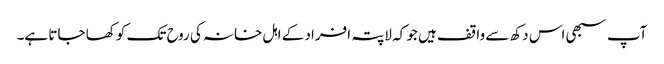
آپ سبھی اس دکھ سے واقف ہیں جو کہ لاپتہ افراد کے اہل خانہ کی روح تک کو کھا جاتا ہے۔